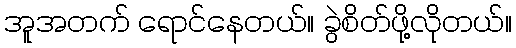
အူအတက် ရောင်နေတယ်။ ခွဲစိတ်ဖို့လိုတယ်။